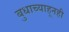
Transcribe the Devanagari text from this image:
बुधाच्याहूनही